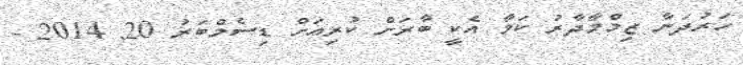
ހަރުދަނާ ޒިމްމާދާރު ކަމާ އެކީ ބާރަށް ކުރިއަށް ޑިސެމްބަރު 20